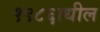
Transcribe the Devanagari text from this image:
१९८६ाधील